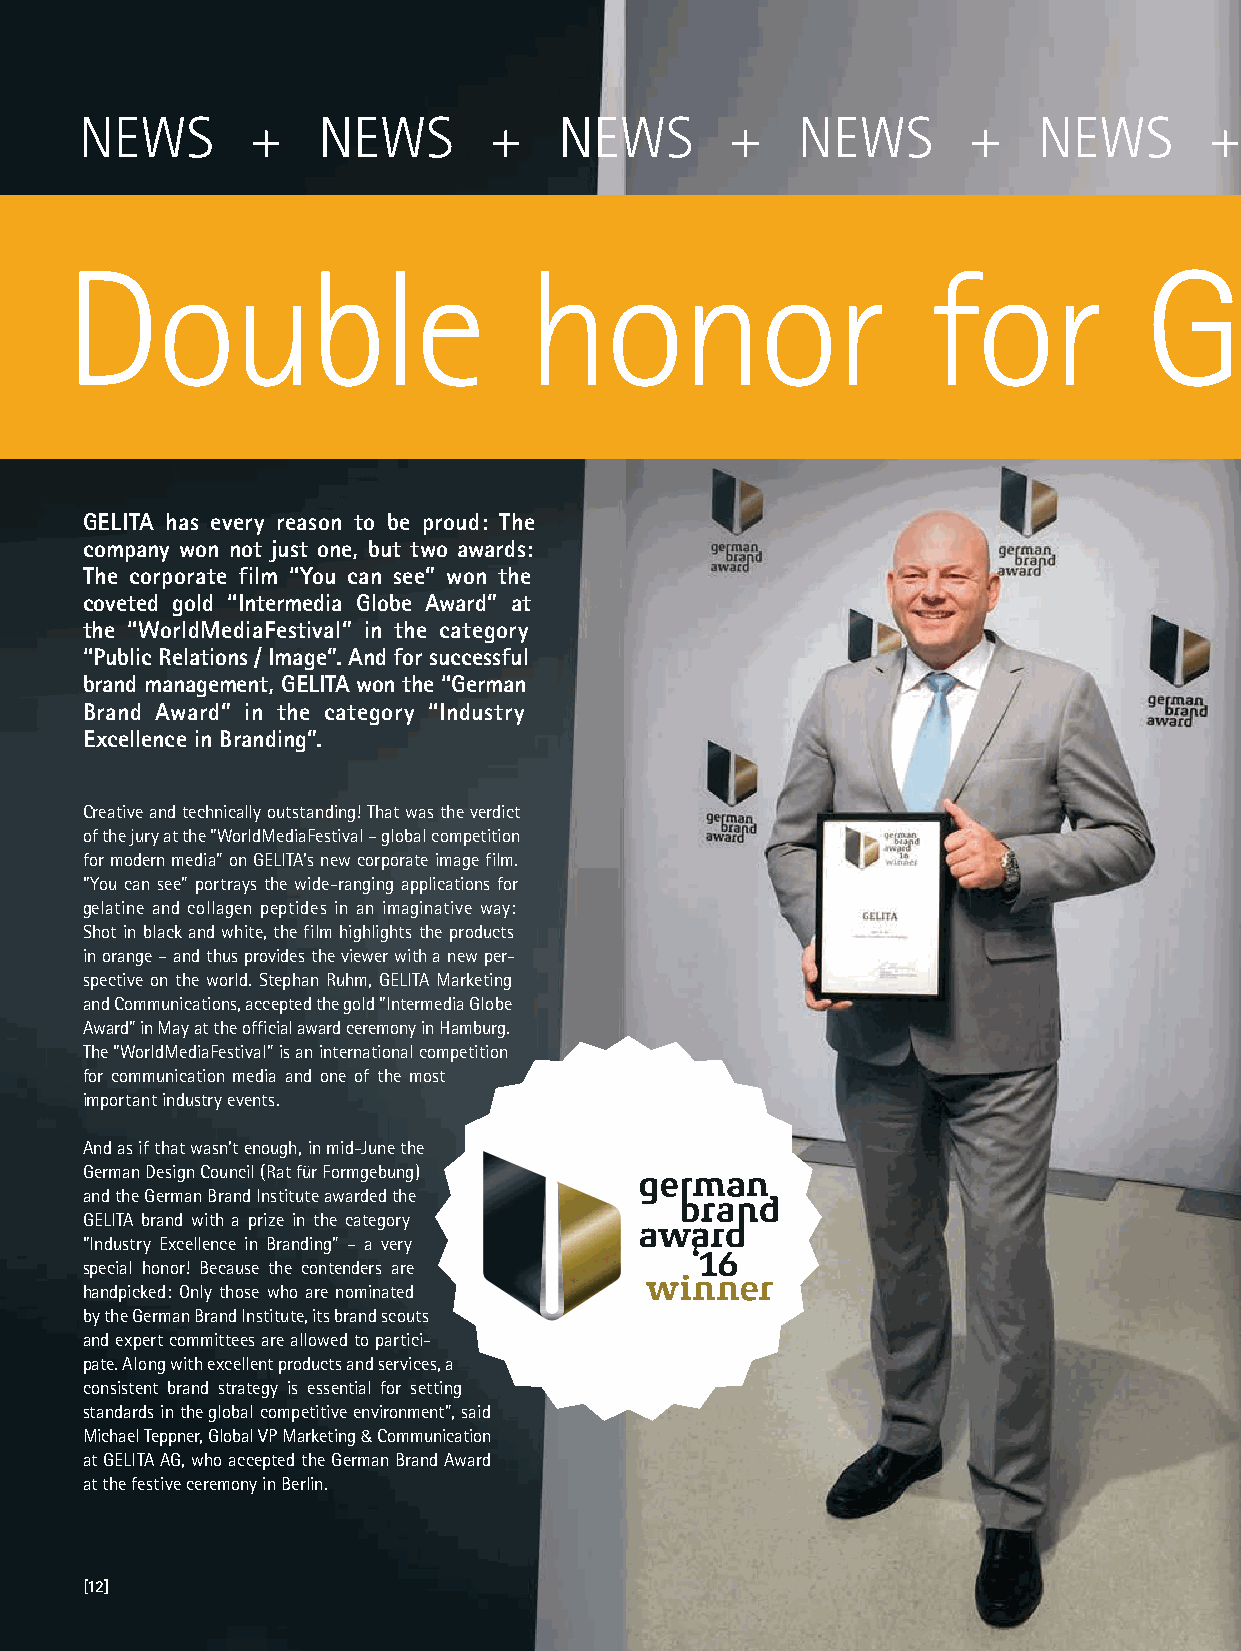
NEWS       +    NEWS       +    NEWS       +    NEWS       +    NEWS       +    NEWS       +    NEWS       +    NEWS       +    NEWS       +    NEWS
 Double                         honor                     for            GELITA
 GELITA has every reason to be proud: The
 company won not just one, but two awards:
 The corporate film “You can see” won the
 coveted gold “Intermedia Globe Award” at
 the “WorldMediaFestival” in the category
 “Public Relations / Image”. And for successful
 brand management, GELITA won the “German
 Brand Award” in the category “Industry
 Excellence in Branding”.
 Creative and technically outstanding! That was the verdict
 of the jury at the “WorldMediaFestival – global competition
 for modern media” on GELITA’s new corporate image film.
 “You can see” portrays the wide-ranging applications for
 gelatine and collagen peptides in an imaginative way:
 Shot in black and white, the film highlights the products
 in orange – and thus provides the viewer with a new per-
 spective on the world. Stephan Ruhm, GELITA Marketing
 and Communications, accepted the gold “Intermedia Globe
 Award” in May at the official award ceremony in Hamburg.
 The “WorldMediaFestival” is an international competition
 for communication media and one of the most
 important industry events.
 And as if that wasn’t enough, in mid-June the
 German Design Council (Rat für Formgebung)
 and the German Brand Institute awarded the
 GELITA brand with a prize in the category
 “Industry Excellence in Branding” – a very
 special honor! Because the contenders are
 handpicked: Only those who are nominated
 by the German Brand Institute, its brand scouts
 and expert committees are allowed to partici-
 pate. Along with excellent products and services, a
 consistent brand strategy is essential for setting
 standards in the global competitive environment”, said
 Michael Teppner, Global VP Marketing & Communication
 at GELITA AG, who accepted the German Brand Award
 at the festive ceremony in Berlin.
 [12]